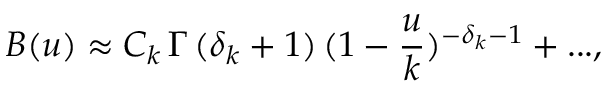
B ( u ) \approx C _ { k } \, \Gamma \, ( \delta _ { k } + 1 ) \, ( 1 - { \frac { u } { k } } ) ^ { - \delta _ { k } - 1 } + . . . ,